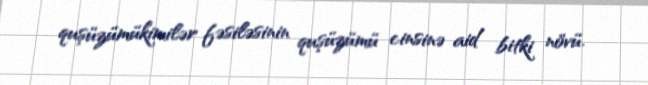
quşüzümükimilər fəsiləsinin quşüzümü cinsinə aid bitki növü.